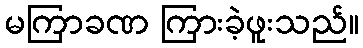
မကြာခဏ ကြားခဲ့ဖူးသည်။